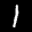
Label: 1